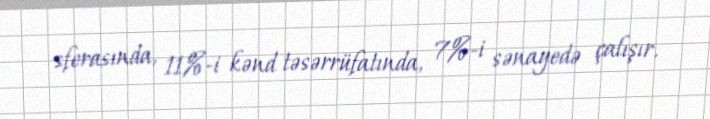
sferasında, 11%-i kənd təsərrüfatında, 7%-i sənayedə çalışır.